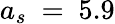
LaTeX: a_{s}~=~5.9